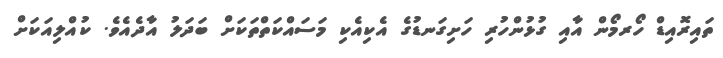
ތައިރޮއިޑް ހޯރމޯން އާއި ގުޅުންހުރި ހަށިގަނޑުގެ އެކިއެކި މަސައްކަތްތަކަށް ބަދަލު އާދެއެވެ. ކުއްލިއަކަށް